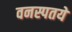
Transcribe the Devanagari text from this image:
वनस्पतये